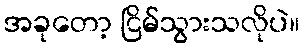
အခုတော့ ငြိမ်သွားသလိုပဲ။